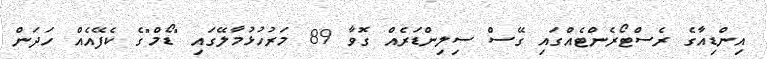
އިންޑިއާގެ ރެސްޓޯރެންޓެއްގައި ގޭސް ސިލިންޑަރެއް ގޮވާ 89 މަރުހުޅުމާލޭގައި "ޑޯމް"ގެ ކެފޭއެއް ހަދަން